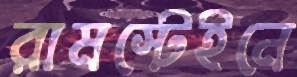
রামস্টেইনে